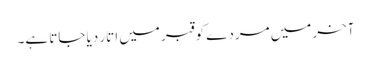
آخر میں مردے کو قبر میں اتار دیا جاتا ہے۔